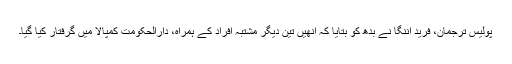
پولیس ترجمان، فرید اننگا نے بدھ کو بتایا کہ اُنھیں تین دیگر مشتبہ افراد کے ہمراہ، دارالحکومت کمپالا میں گرفتار کیا گیا۔